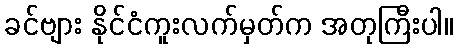
ခင်ဗျား နိုင်ငံကူးလက်မှတ်က အတုကြီးပါ။